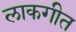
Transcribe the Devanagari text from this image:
लाकगीत